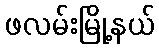
ဖလမ်းမြို့နယ်